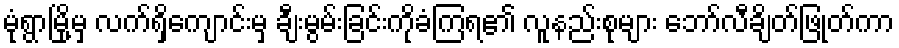
မုံရွာမြို့မှ လက်ရှိကျောင်းမှ ချီးမွမ်းခြင်းကိုခံကြရ၏ လူနည်းစုများ ဘော်လီချိတ်ဖြုတ်ကာ